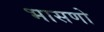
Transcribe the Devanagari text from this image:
भासणो